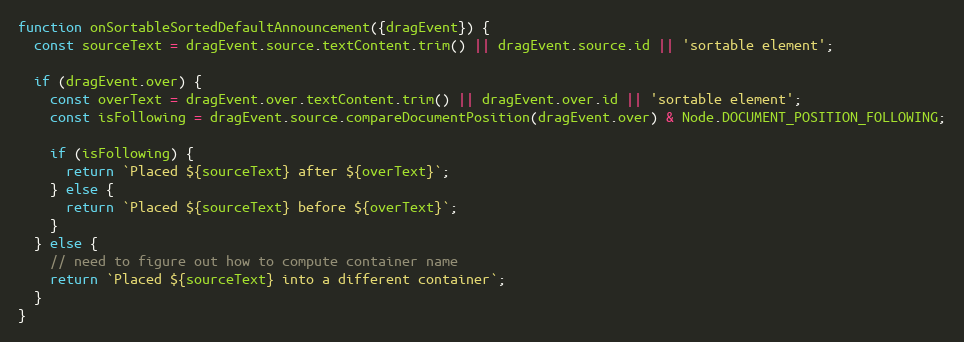
Language: JavaScript
function onSortableSortedDefaultAnnouncement({dragEvent}) {
  const sourceText = dragEvent.source.textContent.trim() || dragEvent.source.id || 'sortable element';

  if (dragEvent.over) {
    const overText = dragEvent.over.textContent.trim() || dragEvent.over.id || 'sortable element';
    const isFollowing = dragEvent.source.compareDocumentPosition(dragEvent.over) & Node.DOCUMENT_POSITION_FOLLOWING;

    if (isFollowing) {
      return `Placed ${sourceText} after ${overText}`;
    } else {
      return `Placed ${sourceText} before ${overText}`;
    }
  } else {
    // need to figure out how to compute container name
    return `Placed ${sourceText} into a different container`;
  }
}